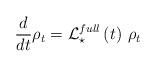
LaTeX: \begin{align*}\frac{d}{dt} \rho_t = \mathcal{L}_{\star}^{full} \left( t \right) \, \rho_t \end{align*}